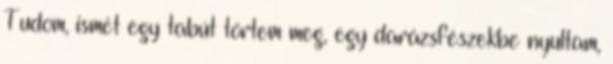
Tudom, ismét egy tabút törtem meg, egy darázsfészekbe nyultam,